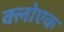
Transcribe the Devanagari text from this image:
क्लोएक